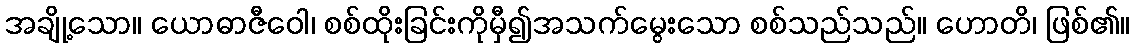
အချို့သော။ ယောဓာဇီဝေါ၊ စစ်ထိုးခြင်းကိုမှီ၍အသက်မွေးသော စစ်သည်သည်။ ဟောတိ၊ ဖြစ်၏။